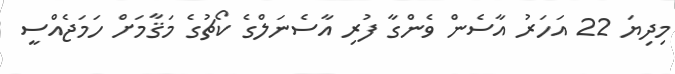
މިދިޔަ 22 އަހަރު އާސެން ވެންގާ ފުރި އާސެނަލްގެ ކޯޗުގެ މަޤާމަށް ހަމަޖެއްސީ